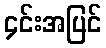
၄င်းအပြင်